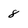
Character: 8